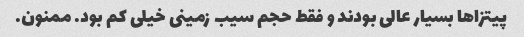
پیتزاها بسیار عالی بودند و فقط حجم سیب زمینی خیلی کم بود. ممنون.